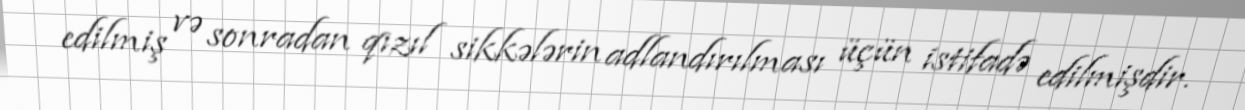
edilmiş və sonradan qızıl sikkələrin adlandırılması üçün istifadə edilmişdir.